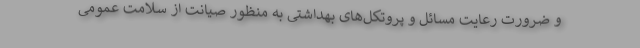
و ضرورت رعایت مسائل و پروتکل‌های بهداشتی به منظور صیانت از سلامت عمومی